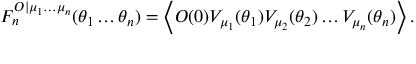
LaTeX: F _ { n } ^ { { \cal O } | \mu _ { 1 } \ldots \mu _ { n } } ( \theta _ { 1 } \ldots \theta _ { n } ) = \left\langle { \cal O } ( 0 ) V _ { \mu _ { 1 } } ( \theta _ { 1 } ) V _ { \mu _ { 2 } } ( \theta _ { 2 } ) \ldots V _ { \mu _ { n } } ( \theta _ { n } ) \right\rangle .